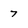
Character: 7